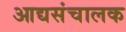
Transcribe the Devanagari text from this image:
आद्यसंचालक